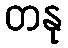
တနု